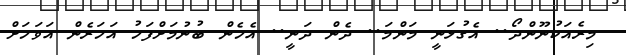
މިރެއަކުނޫންދޯ.. އެގުޅަނީ މަންމަ.. ދެން ދަނީ.. އެހެން ބުނުމަށްފަހު އަހަރެން އަވަހަށް